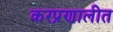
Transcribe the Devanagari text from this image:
करप्रणालीत